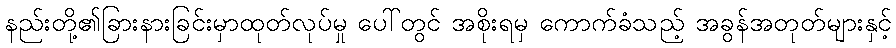
နည်းတို့၏ခြားနားခြင်းမှာထုတ်လုပ်မှု ပေါ်တွင် အစိုးရမှ ကောက်ခံသည့် အခွန်အတုတ်များနှင့်